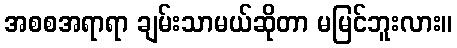
အစစအရာရာ ချမ်းသာမယ်ဆိုတာ မမြင်ဘူးလား။